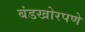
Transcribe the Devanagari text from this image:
बंडखोरपणे